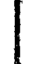
l